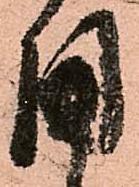
用